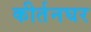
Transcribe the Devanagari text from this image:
कीर्तनघर